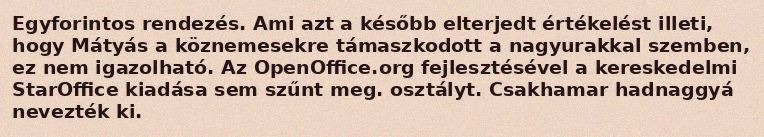
Egyforintos rendezés. Ami azt a később elterjedt értékelést illeti, hogy Mátyás a köznemesekre támaszkodott a nagyurakkal szemben, ez nem igazolható. Az OpenOffice.org fejlesztésével a kereskedelmi StarOffice kiadása sem szűnt meg. osztályt. Csakhamar hadnaggyá nevezték ki.